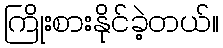
ကြိုးစားနိုင်ခဲ့တယ်။